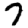
Digit: 7